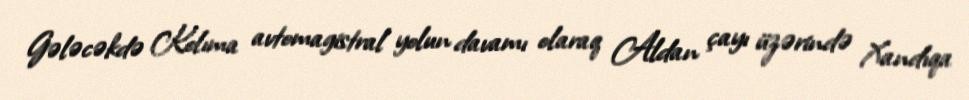
Gələcəkdə Kolıma avtomagistral yolun davamı olaraq Aldan çayı üzərində Xandıqa